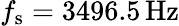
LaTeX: f_{\mathrm{s}}=3496.5\, \mathrm{{Hz}}